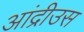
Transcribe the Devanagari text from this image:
आंद्रीउस